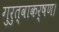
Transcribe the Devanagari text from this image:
गुरुत्वाकर्षण।